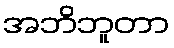
အဘိဘူတာ